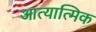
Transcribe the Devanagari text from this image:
आत्यात्मिक